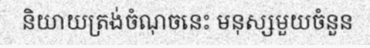
និយាយត្រង់ចំណុចនេះ មនុស្សមួយចំនួន